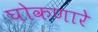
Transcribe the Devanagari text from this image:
घोकणारे